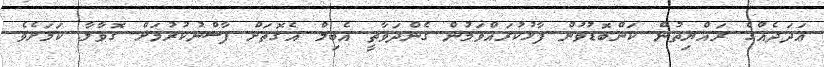
ޢަދަދެއްގެ ރައްޔިތުން ކަންބޮޑުވުން ފާޅުކުރައްވަމުން ގެންދަވާތީ އެބިލް އެގޮތަށް ފާސްނުކުރުމަށް ގޮވާލާ ކަމަށެވެ.